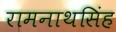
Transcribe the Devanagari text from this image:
रामनाथसिंह